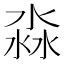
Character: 淼